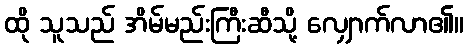
ထို သူသည် အိမ်မည်းကြီးဆီသို့ လျှောက်လာ၏။